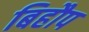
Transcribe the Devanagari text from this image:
बिहौप